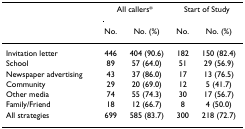
|  | <COLSPAN=2> All callers* | <COLSPAN=2> Start of Study |
 |  | No. | No. (%) | No. | No. (%) |
 | --- | --- | --- | --- | --- |
 | Invitation letter | 446 | 404 (90.6) | 182 | 150 (82.4) |
 | School | 89 | 57 (64.0) | 51 | 29 (56.9) |
 | Newspaper advertising | 43 | 37 (86.0) | 17 | 13 (76.5) |
 | Community | 29 | 20 (69.0) | 12 | 5 (41.7) |
 | Other media | 74 | 55 (74.3) | 30 | 17 (56.7) |
 | Family/Friend | 18 | 12 (66.7) | 8 | 4 (50.0) |
 | All strategies | 699 | 585 (83.7) | 300 | 218 (72.7) |